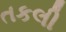
તકલી